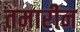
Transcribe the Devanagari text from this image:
तमारीन